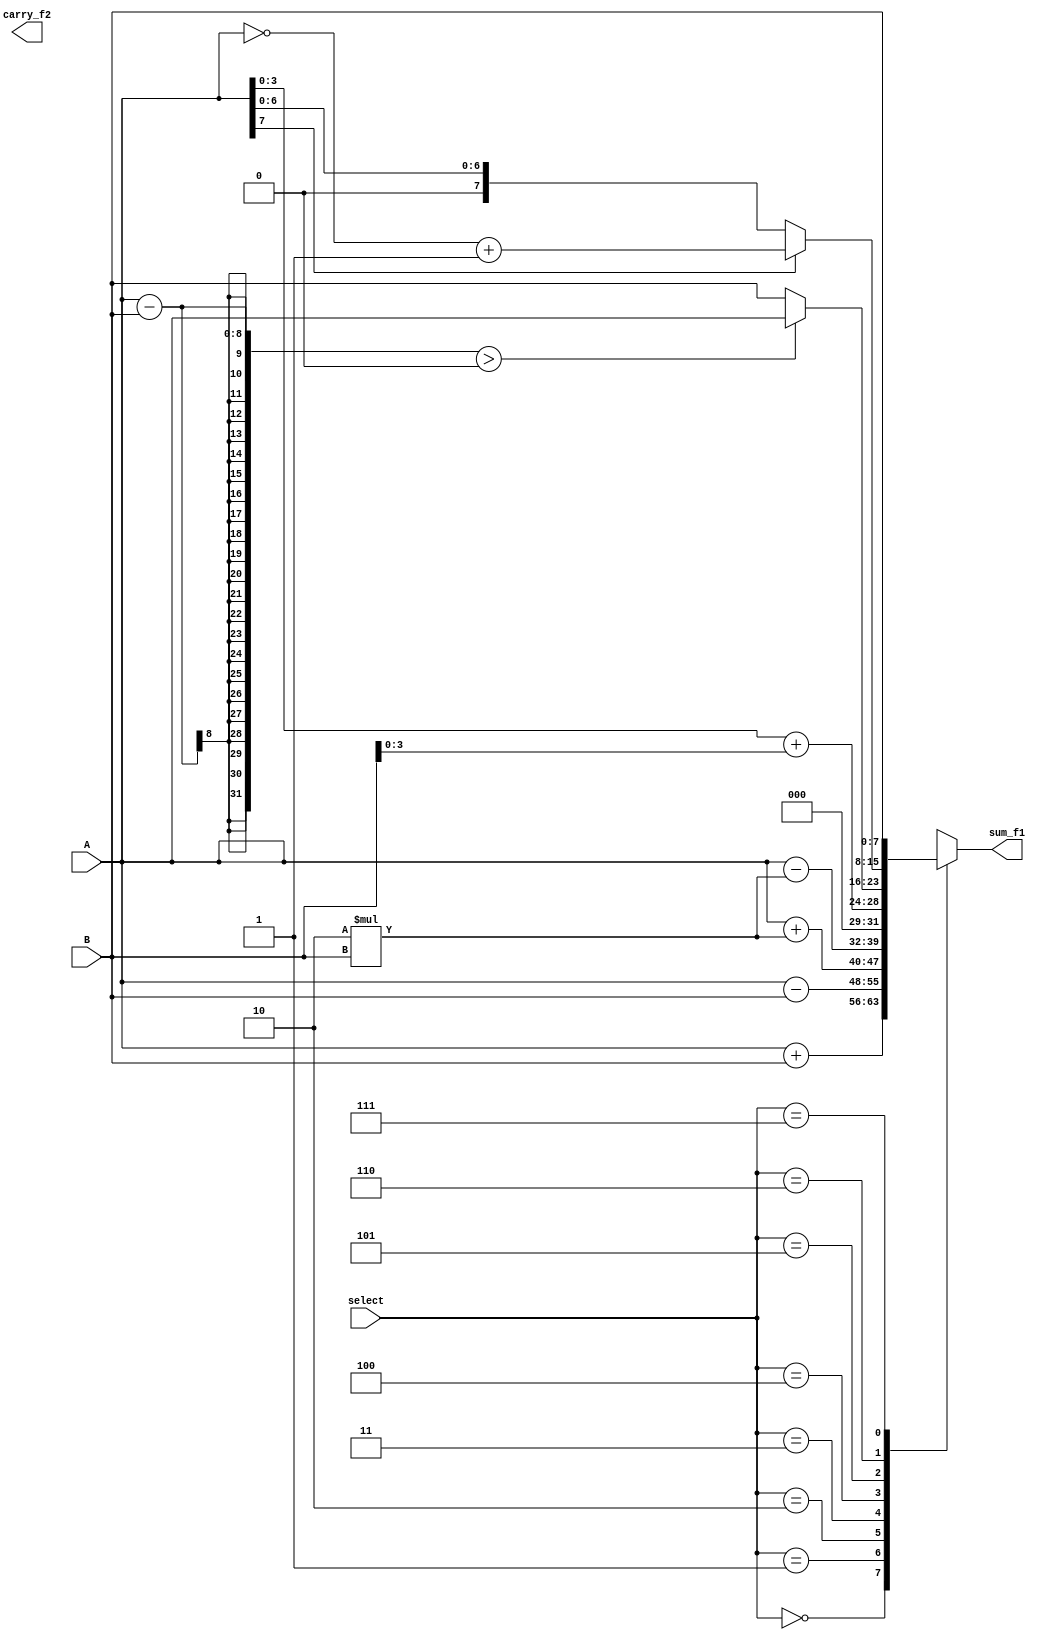
`timescale 1ns / 1ps
//////////////////////////////////////////////////////////////////////////////////
// Company: 
// Engineer: 
// 
// Design Name: 
// Module Name: ALU
// Project Name: 
// Target Devices: 
// Tool Versions: 
// Description: 
// 
// Dependencies: 
// 
// Revision:
// Revision 0.01 - File Created
// Additional Comments:
// 
//////////////////////////////////////////////////////////////////////////////////


module ALU(
       output reg [7:0] sum_f1,
       output carry_f2,
       input [7:0] A,B,
       input [2:0] select
    );
    always @(select)begin
        case(select)
        3'b000: sum_f1 = A + B ;
        3'b001: sum_f1 = A - B ;
        3'b010: sum_f1 = A + 2*B ;
        3'b011: sum_f1 = A - 2*B ;
        3'b100: sum_f1 = A[3:0] + B[3:0] ;
        3'b101: sum_f1 = ((A-B)>0) ? A : B ;
        3'b110: sum_f1 = A[7] ? ~A + 1 : A ;
        3'b111: sum_f1 = B ;
        endcase
    end
endmodule